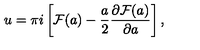
u = \pi i \left[ { \cal F } ( a ) - { \frac { a } { 2 } } { \frac { \partial { \cal F } ( a ) } { \partial a } } \right] ,